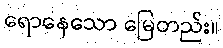
ရောနေသော မြေတည်း။